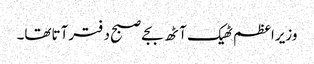
وزیراعظم ٹھیک آٹھ بجے صبح دفترآتاتھا۔